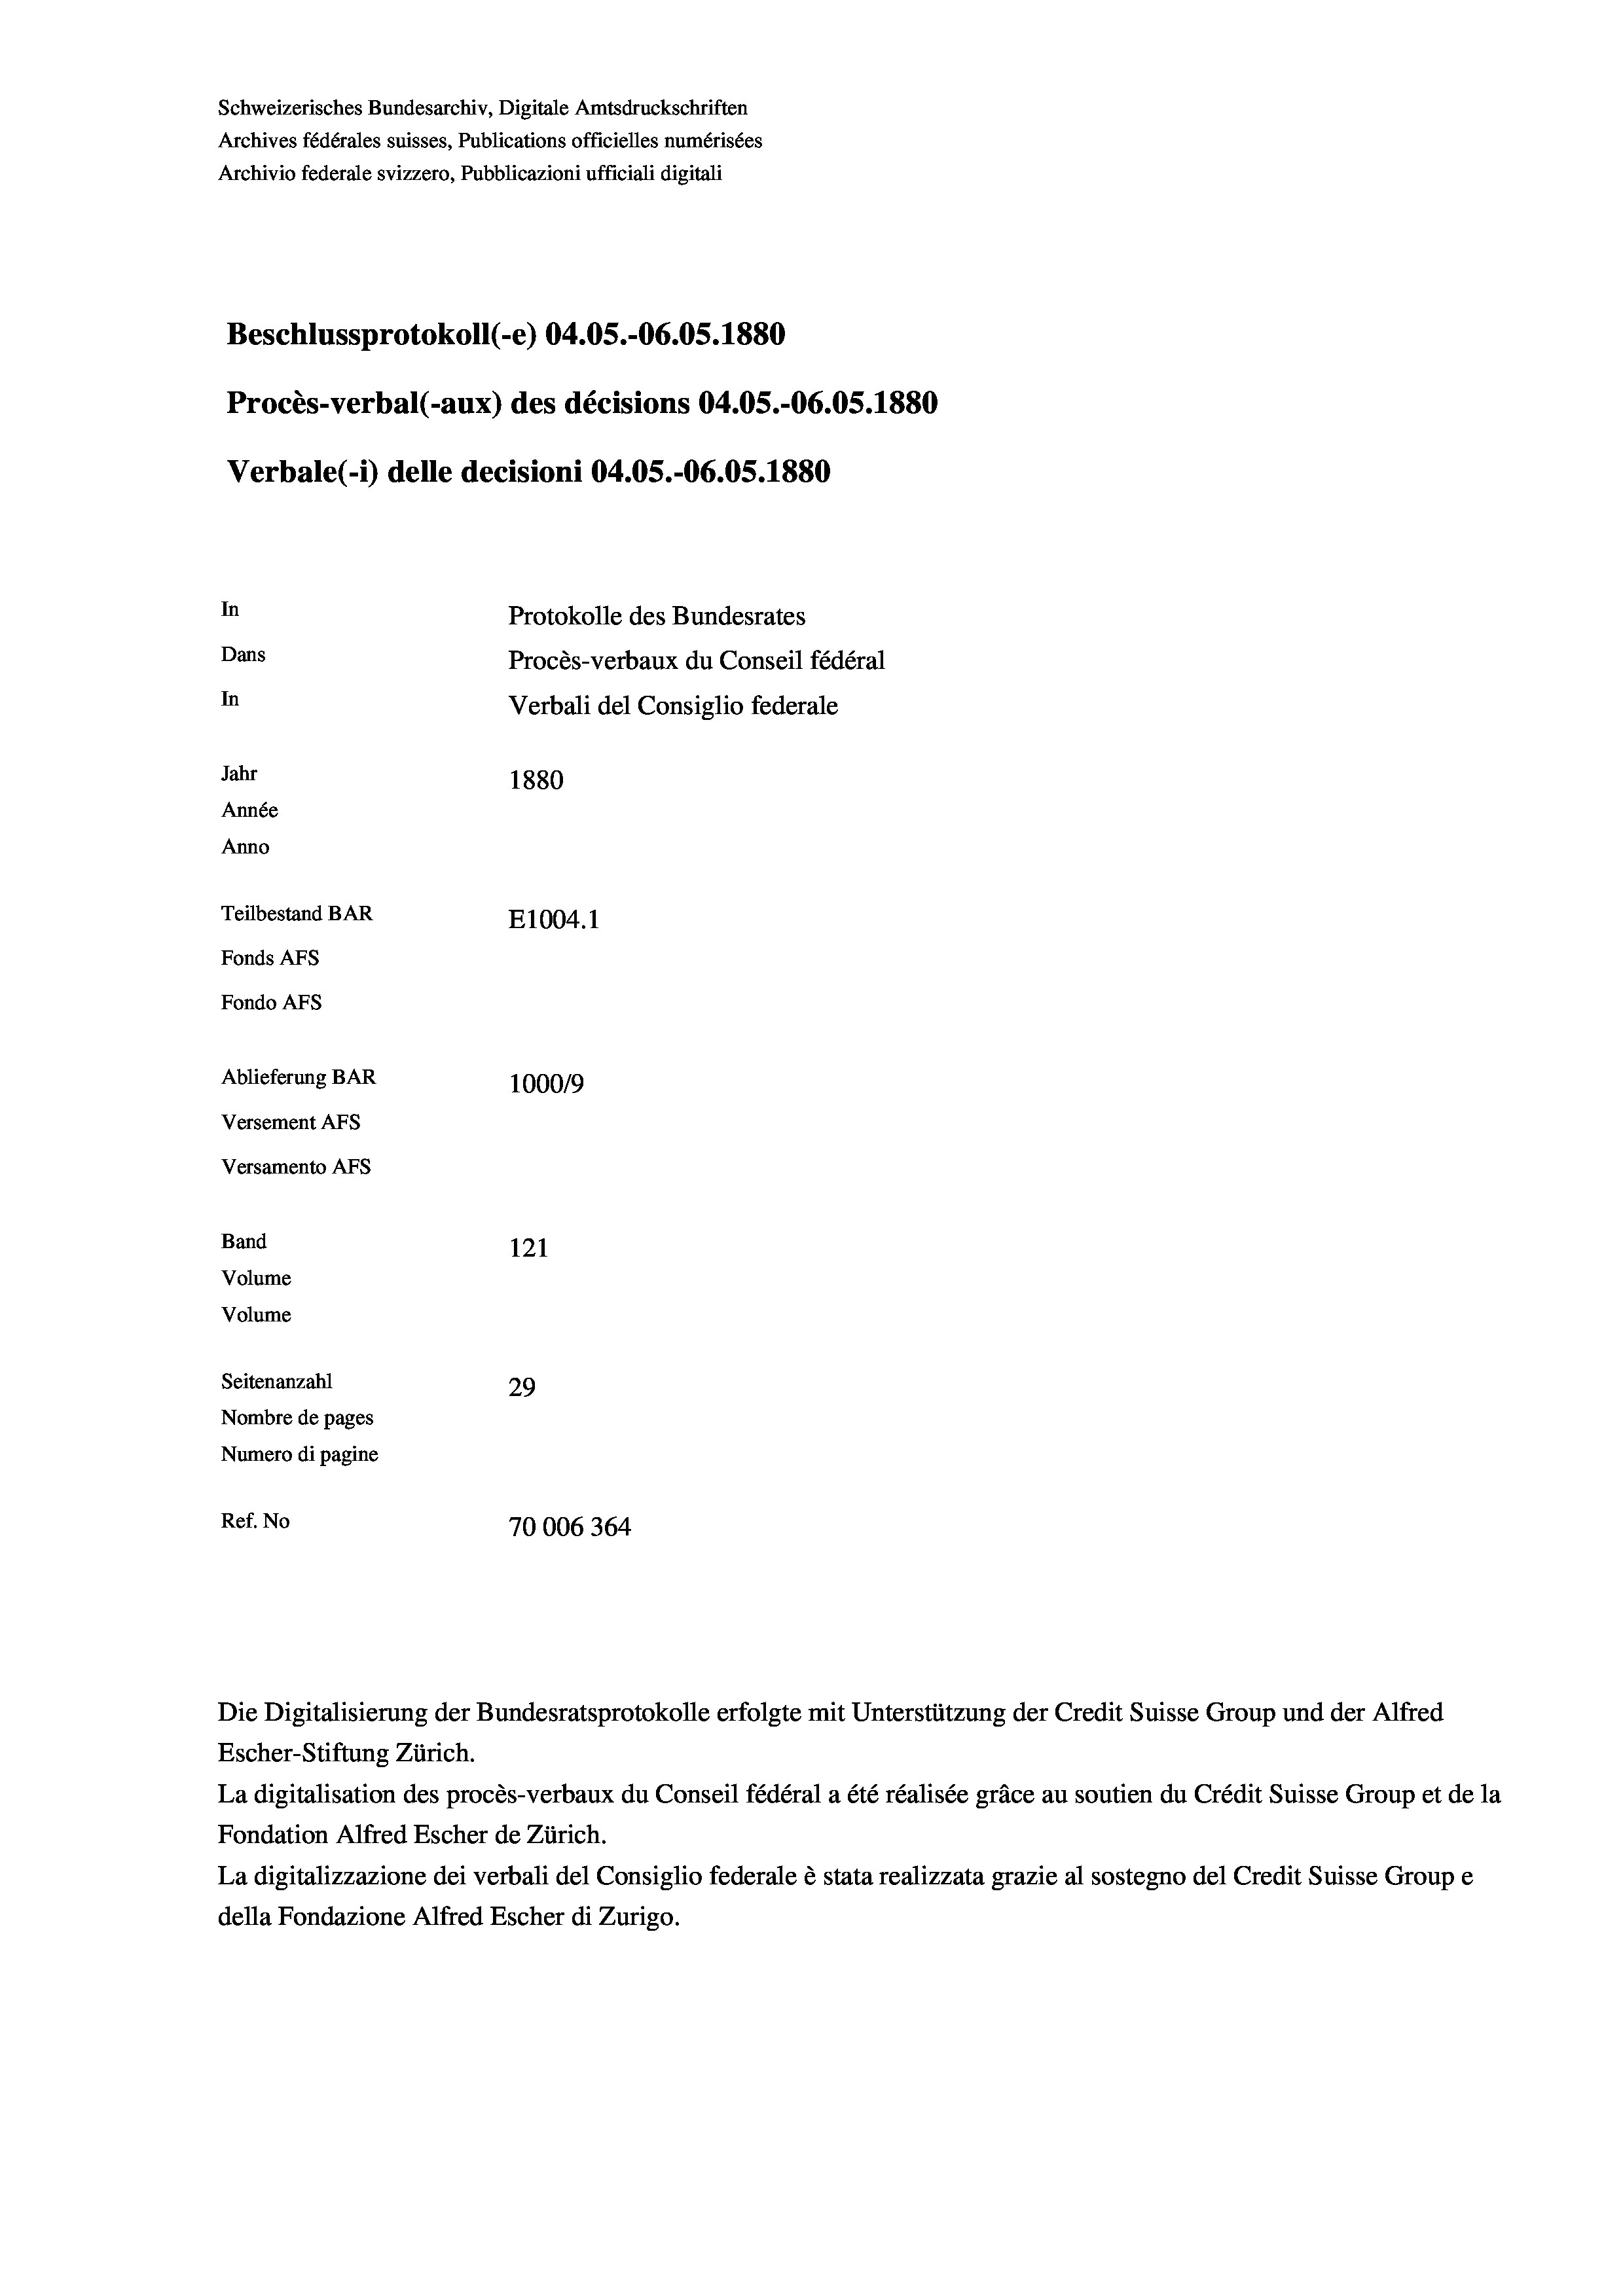
Schweizerisches Bundesarchiv, Digitale Amtsdruckschriften
Archives fédérales suisses, Publications officielles numérisées
Archivio federale svizzero, Pubblicazioni ufficiali digitali
Beschlussprotokoll (-e) 04.05.-06.05. 1880
Procès-verbal (-aux) des décisions 04.05.-06.05. 1880
Verbale (i) delle decisioni 04.05.-06.05. 1880
In
Protokolle des Bundesrates
Dans
Procès-verbaux du Conseil fédéral
In
Verbali del Consiglio federale
Jahr
1880
Année
Anno
Teilbestand BAR
E1004. 1
Fonds AFs
Fondo AFS
Ablieferung BAR
100019
Versement AFs
Versamento Afs
Band
121
Volume
Volume
Seitenanzahl
29
Nombre de pages
Numero di pagine
Ref. No
70006364

Escher-Stiftung Zürich.
La digitalisation des procès-verbaux du Conseil fédéral a été réalisée gräce au soutien du Crédit Suisse Group et de la
Fondation Alfred Escher de Zürich.
La digitalizzazione dei verbali del Consiglio federale è stata realizzata grazie al sostegno del Credit Suisse Groupe
della Fondazione Alfred Escher di Zurigo.

Die Digitalisierung der Bundesratsprotokolle erfolgte mit Unterstützung der Credit Suisse Group und der Alfred